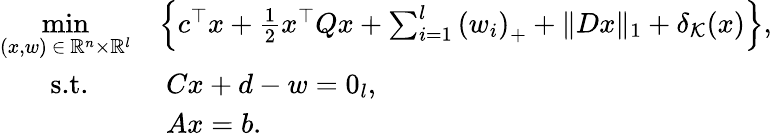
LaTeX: \begin{array}{rl}{\underset{(x,w)\ \in\ \mathbb{R}^{n}\times\mathbb{R}^{l}}{\mathrm{min}}}&{\left\{ c^{\top}x+\frac{1}{2}x^{\top}Qx+\sum_{i=1}^{l}\left(w_{i}\right)_{+}+\| Dx\| _{1}+\delta_{\mathcal{K}}(x)\right\} ,}\\ {\textnormal{s.t.}\quad\ \ }&{\ Cx+d-w=0_{l},}\\ &{\ Ax=b.}\end{array}